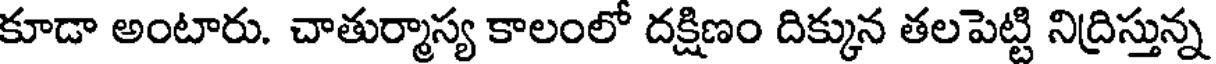
కూడా అంటారు. చాతుర్మాస్య కాలంలో దక్షిణం దిక్కున తలపెట్టి నిద్రిస్తున్న